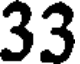
33